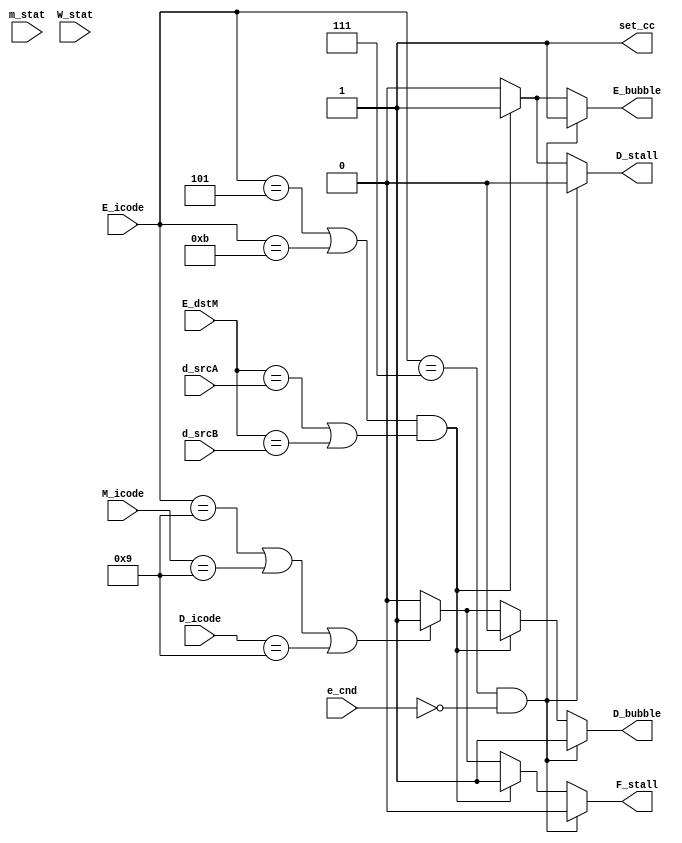
module pipe_control (m_stat,W_stat,D_icode,E_icode,M_icode,d_srcA,d_srcB,E_dstM,e_cnd,F_stall,D_stall,D_bubble,E_bubble,set_cc);

    input [0:3] m_stat,W_stat;
    input [3:0] D_icode,E_icode,M_icode;
    input [3:0] d_srcA,d_srcB,E_dstM;
    input e_cnd;

    output reg F_stall, D_stall, D_bubble, E_bubble,set_cc;

    always @(*)
    begin
        F_stall=0;
        D_stall=0;
        D_bubble=0;
        E_bubble=0;
        set_cc=1;
        // $display("E_dstM=%d d_srcA=%d d_srcB=%d\n",E_dstM,d_srcA,d_srcB);

        if(E_icode== 4'h7 & e_cnd==0)
        begin
            D_bubble=1;
            E_bubble=1;
        end
        else if ((E_icode == 4'h5 | E_icode==4'hB) & (E_dstM==d_srcA | E_dstM==d_srcB))
        begin
            // $display("F_stall=%d\n",F_stall);
            F_stall=1;
            D_stall=1;
            E_bubble=1;
        end
        else if(E_icode == 4'h9 | M_icode == 4'h9 | D_icode == 4'h9)
        begin
            F_stall = 1;
            D_bubble = 1;
        end

       


    end

endmodule